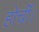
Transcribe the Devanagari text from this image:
होर्ची।